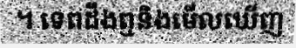
។ ទេពដឹងឮនិងមើលឃើញ